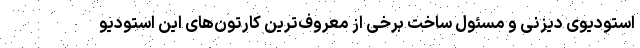
استودیوی دیزنی و مسئول ساخت برخی از معروف‌ترین کارتون‌های این استودیو